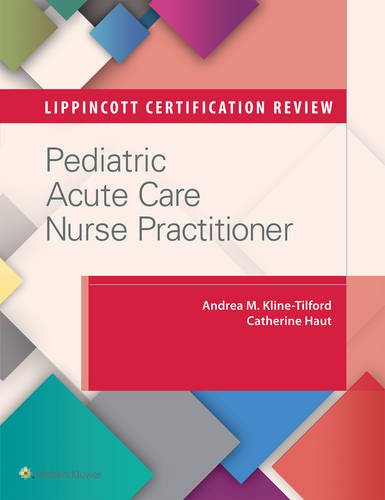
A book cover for Lippincott Certification Review: Pediatric Acute Care Nurse Practitioner; Andrea M. Kline MS  CPNP-AC/PC  FCCM; Test Preparation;